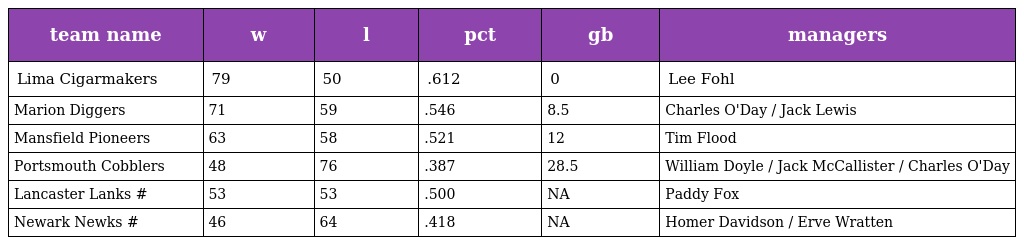
| team name | w | l | pct | gb | managers |
 | --- | --- | --- | --- | --- | --- |
 | Lima Cigarmakers | 79 | 50 | .612 | 0 | Lee Fohl |
 | Marion Diggers | 71 | 59 | .546 | 8.5 | Charles O'Day / Jack Lewis |
 | Mansfield Pioneers | 63 | 58 | .521 | 12 | Tim Flood |
 | Portsmouth Cobblers | 48 | 76 | .387 | 28.5 | William Doyle / Jack McCallister / Charles O'Day |
 | Lancaster Lanks # | 53 | 53 | .500 | NA | Paddy Fox |
 | Newark Newks # | 46 | 64 | .418 | NA | Homer Davidson / Erve Wratten |